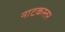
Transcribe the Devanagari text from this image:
नाटकस्तर